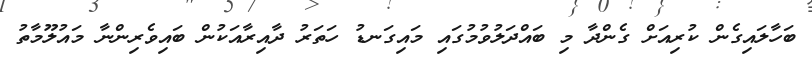
ބަހާލައިގެން ކުރިއަށް ގެންދާ މި ބައްދަލުވުމުގައި މައިގަނޑު ހަތަރު ދާއިރާއަކުން ބައިވެރިންނާ މައުލޫމާތު